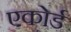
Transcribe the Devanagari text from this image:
एकोर्ड